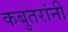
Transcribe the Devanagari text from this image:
कबुतरांनी